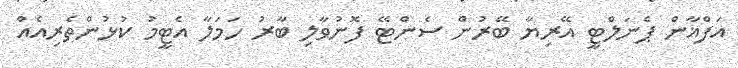
އަފްޣާން ޕެނަލްޓީ އޭރިޔާ ބޭރުން ސެންޓޭ ފޮނުވާލި ބާރު ހަމަލާ އެޓީމު ކުޅުންތެރިއެއް